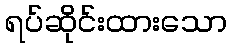
ရပ်ဆိုင်းထားသော